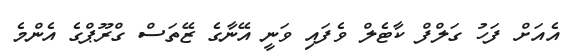
އެއަށް ފަހު ގަލްފް ކާޓެލް ވެފައި ވަނީ އޭނާގެ ޒޭތަސް ގްރޫޕްގެ އެންމެ